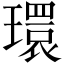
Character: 環